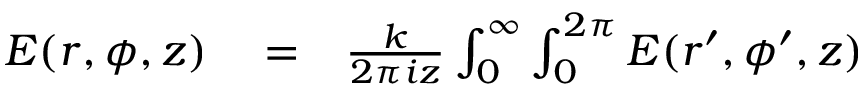
\begin{array} { r l r } { E ( r , \phi , z ) } & { { } = } & { \frac { k } { 2 \pi i z } \int _ { 0 } ^ { \infty } \int _ { 0 } ^ { 2 \pi } E ( r ^ { \prime } , \phi ^ { \prime } , z ) } \end{array}